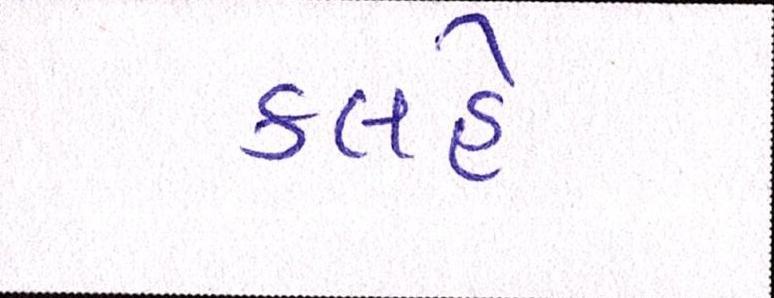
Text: કલહે